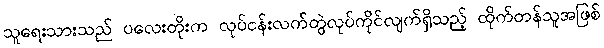
သူရေးသားသည် ပလေးတိုးက လုပ်ငန်းလက်တွဲလုပ်ကိုင်လျက်ရှိသည့် ထိုက်တန်သူအဖြစ်